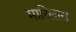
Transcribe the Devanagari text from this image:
मारिलास